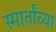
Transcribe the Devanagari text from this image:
स्मार्तांच्या